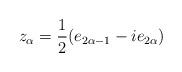
LaTeX: \begin{align*}z_\alpha = \frac12(e_{2\alpha-1} - ie_{2\alpha})\end{align*}